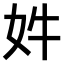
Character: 𫰔